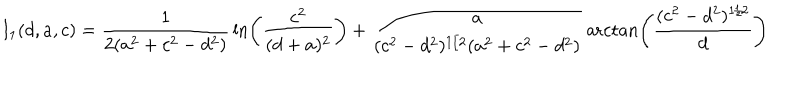
LaTeX: I _ { 1 } ( d , a , c ) = { \frac { 1 } { 2 ( a ^ { 2 } + c ^ { 2 } - d ^ { 2 } ) } } \ln \left( { \frac { c ^ { 2 } } { ( d + a ) ^ { 2 } } } \right) + { \frac { a } { ( c ^ { 2 } - d ^ { 2 } ) ^ { 1 / 2 } ( a ^ { 2 } + c ^ { 2 } - d ^ { 2 } ) } } \operatorname { a r c t a n } \left( { \frac { ( c ^ { 2 } - d ^ { 2 } ) ^ { 1 / 2 } } { d } } \right)